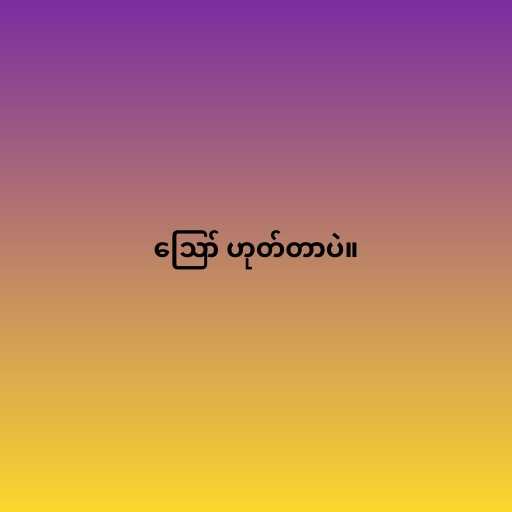
ဪ ဟုတ်တာပဲ။